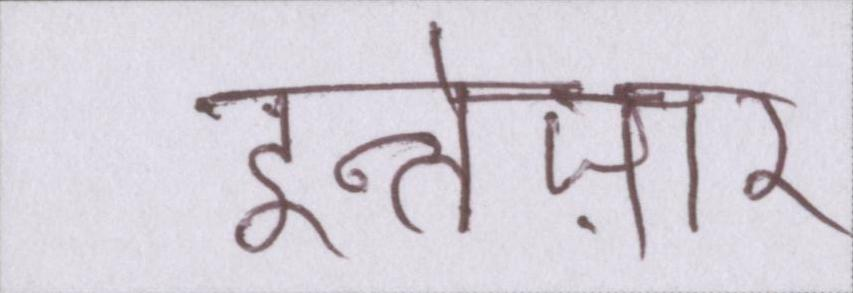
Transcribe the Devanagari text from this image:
इन्तेज़ार